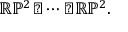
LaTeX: \mathbb { R P } ^ { 2 } \sharp \cdots \sharp \mathbb { R P } ^ { 2 } .